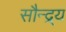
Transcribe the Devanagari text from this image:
सौन्द्र्य